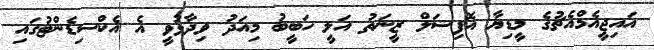
އައިޖީއެމްއެޗުގެ މީޑިޔާ އޮފިޝަލް ޒީނަތު އަލީ ހަބީބު މިއަދު ވިދާޅުވީ އެ އެކްސިޑެންޓުގައި